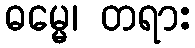
ဓမ္မေ၊ တရား